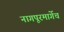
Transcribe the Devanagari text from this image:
नागपूरमार्गेच